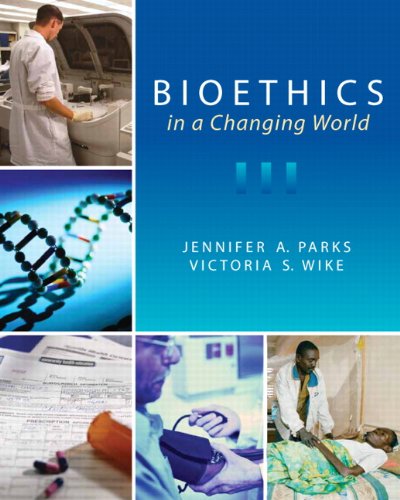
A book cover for Bioethics in a Changing World; Jennifer A. Parks; Medical Books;